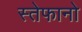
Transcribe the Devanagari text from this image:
स्तेफानो